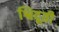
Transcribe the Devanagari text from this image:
श्विदूती